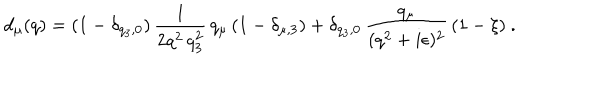
d _ { \mu } ( q ) = ( 1 - \delta _ { q _ { 3 } , 0 } ) \, \frac { 1 } { 2 q ^ { 2 } \, q _ { 3 } ^ { 2 } } \, q _ { \mu } \left( 1 - \delta _ { \mu , 3 } \right) + \delta _ { q _ { 3 } , 0 } \, \frac { q _ { \mu } } { ( q ^ { 2 } + i \epsilon ) ^ { 2 } } \, ( 1 - \xi ) \ .